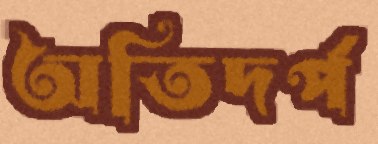
অতিদর্প